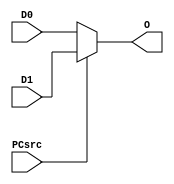
module mux1(D0,D1,PCsrc,O);
input [31:0] D0, D1; 
input PCsrc;
output [31:0] O;

assign O=(PCsrc)?D1:D0;

endmodule